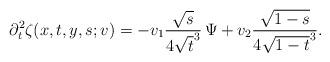
LaTeX: \begin{align*} \partial_t^2 \zeta (x,t,y,s; v) = - v_1\frac{\sqrt{s}}{4 \sqrt{t}^3} \, \Psi + v_2 \frac{\sqrt{1-s}}{4 \sqrt{1-t}^3}.\end{align*}